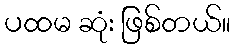
ပထမ ဆုံး ဖြစ်တယ်။